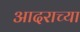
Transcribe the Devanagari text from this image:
आदराच्या